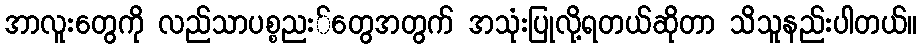
အာလူးတွေကို လည်သာပစ္စညး်တွေအတွက် အသုံးပြုလို့ရတယ်ဆိုတာ သိသူနည်းပါတယ်။